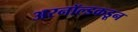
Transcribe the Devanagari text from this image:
अरनॉल्डकडून